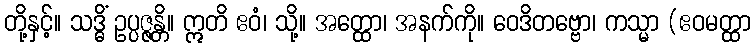
တို့နှင့်။ သဒ္ဓိံ ဥပ္ပဇ္ဇန္တိ။ ဣတိ ဧဝံ၊ သို့။ အတ္ထော၊ အနက်ကို။ ဝေဒိတဗ္ဗော၊ ကသ္မာ (ဧဝမတ္ထာ